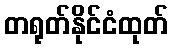
တရုတ်နိုင်ငံထုတ်